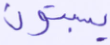
يسبتون